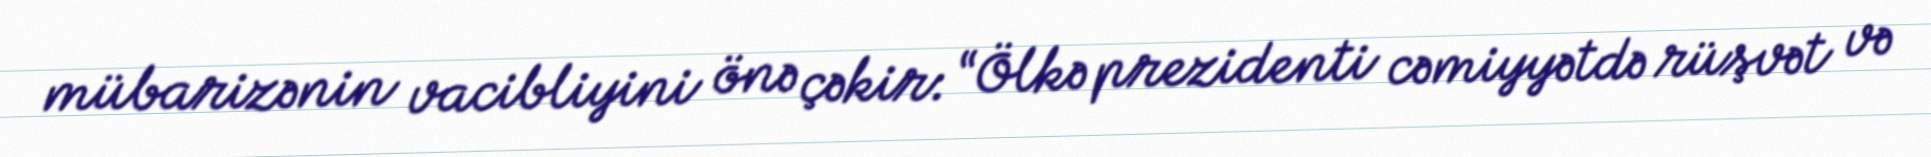
mübarizənin vacibliyini önə çəkir: “Ölkə prezidenti cəmiyyətdə rüşvət və